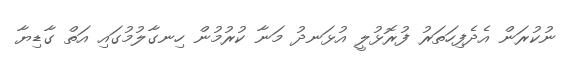
ނުކުރަން އެދެފިހަތަރު ފުރޮޅުލީ އުޅަނދު މަނާ ކުރުމުން ހިނގާލުމުގައި އަތް ގާޑިޔާ